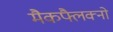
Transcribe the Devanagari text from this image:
मैकफ्लैक्नो